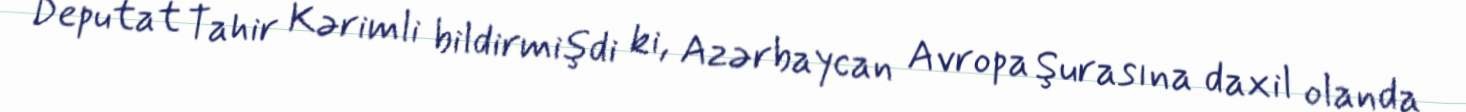
Deputat Tahir Kərimli bildirmişdi ki, Azərbaycan Avropa Şurasına daxil olanda